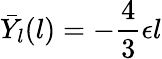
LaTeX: \bar{Y}_{l}(l)=-\frac 43\epsilon l